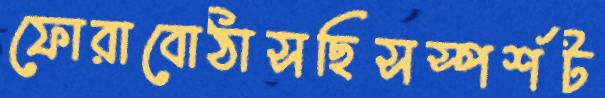
ফোরাবোঠাসছিসস্পর্শট